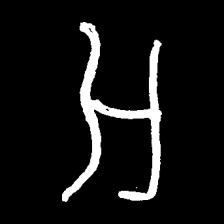
Pyu character \u2014 Myanmar letter: အ (romanized: a)